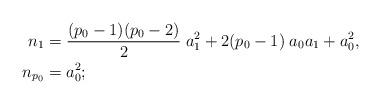
LaTeX: \begin{align*}n_1 &= \frac{(p_0-1)(p_0-2)}2\;a_1^2 + 2(p_0-1)\;a_0a_1 +a_0^2, \\n_{p_0}&= a_0^2;\end{align*}